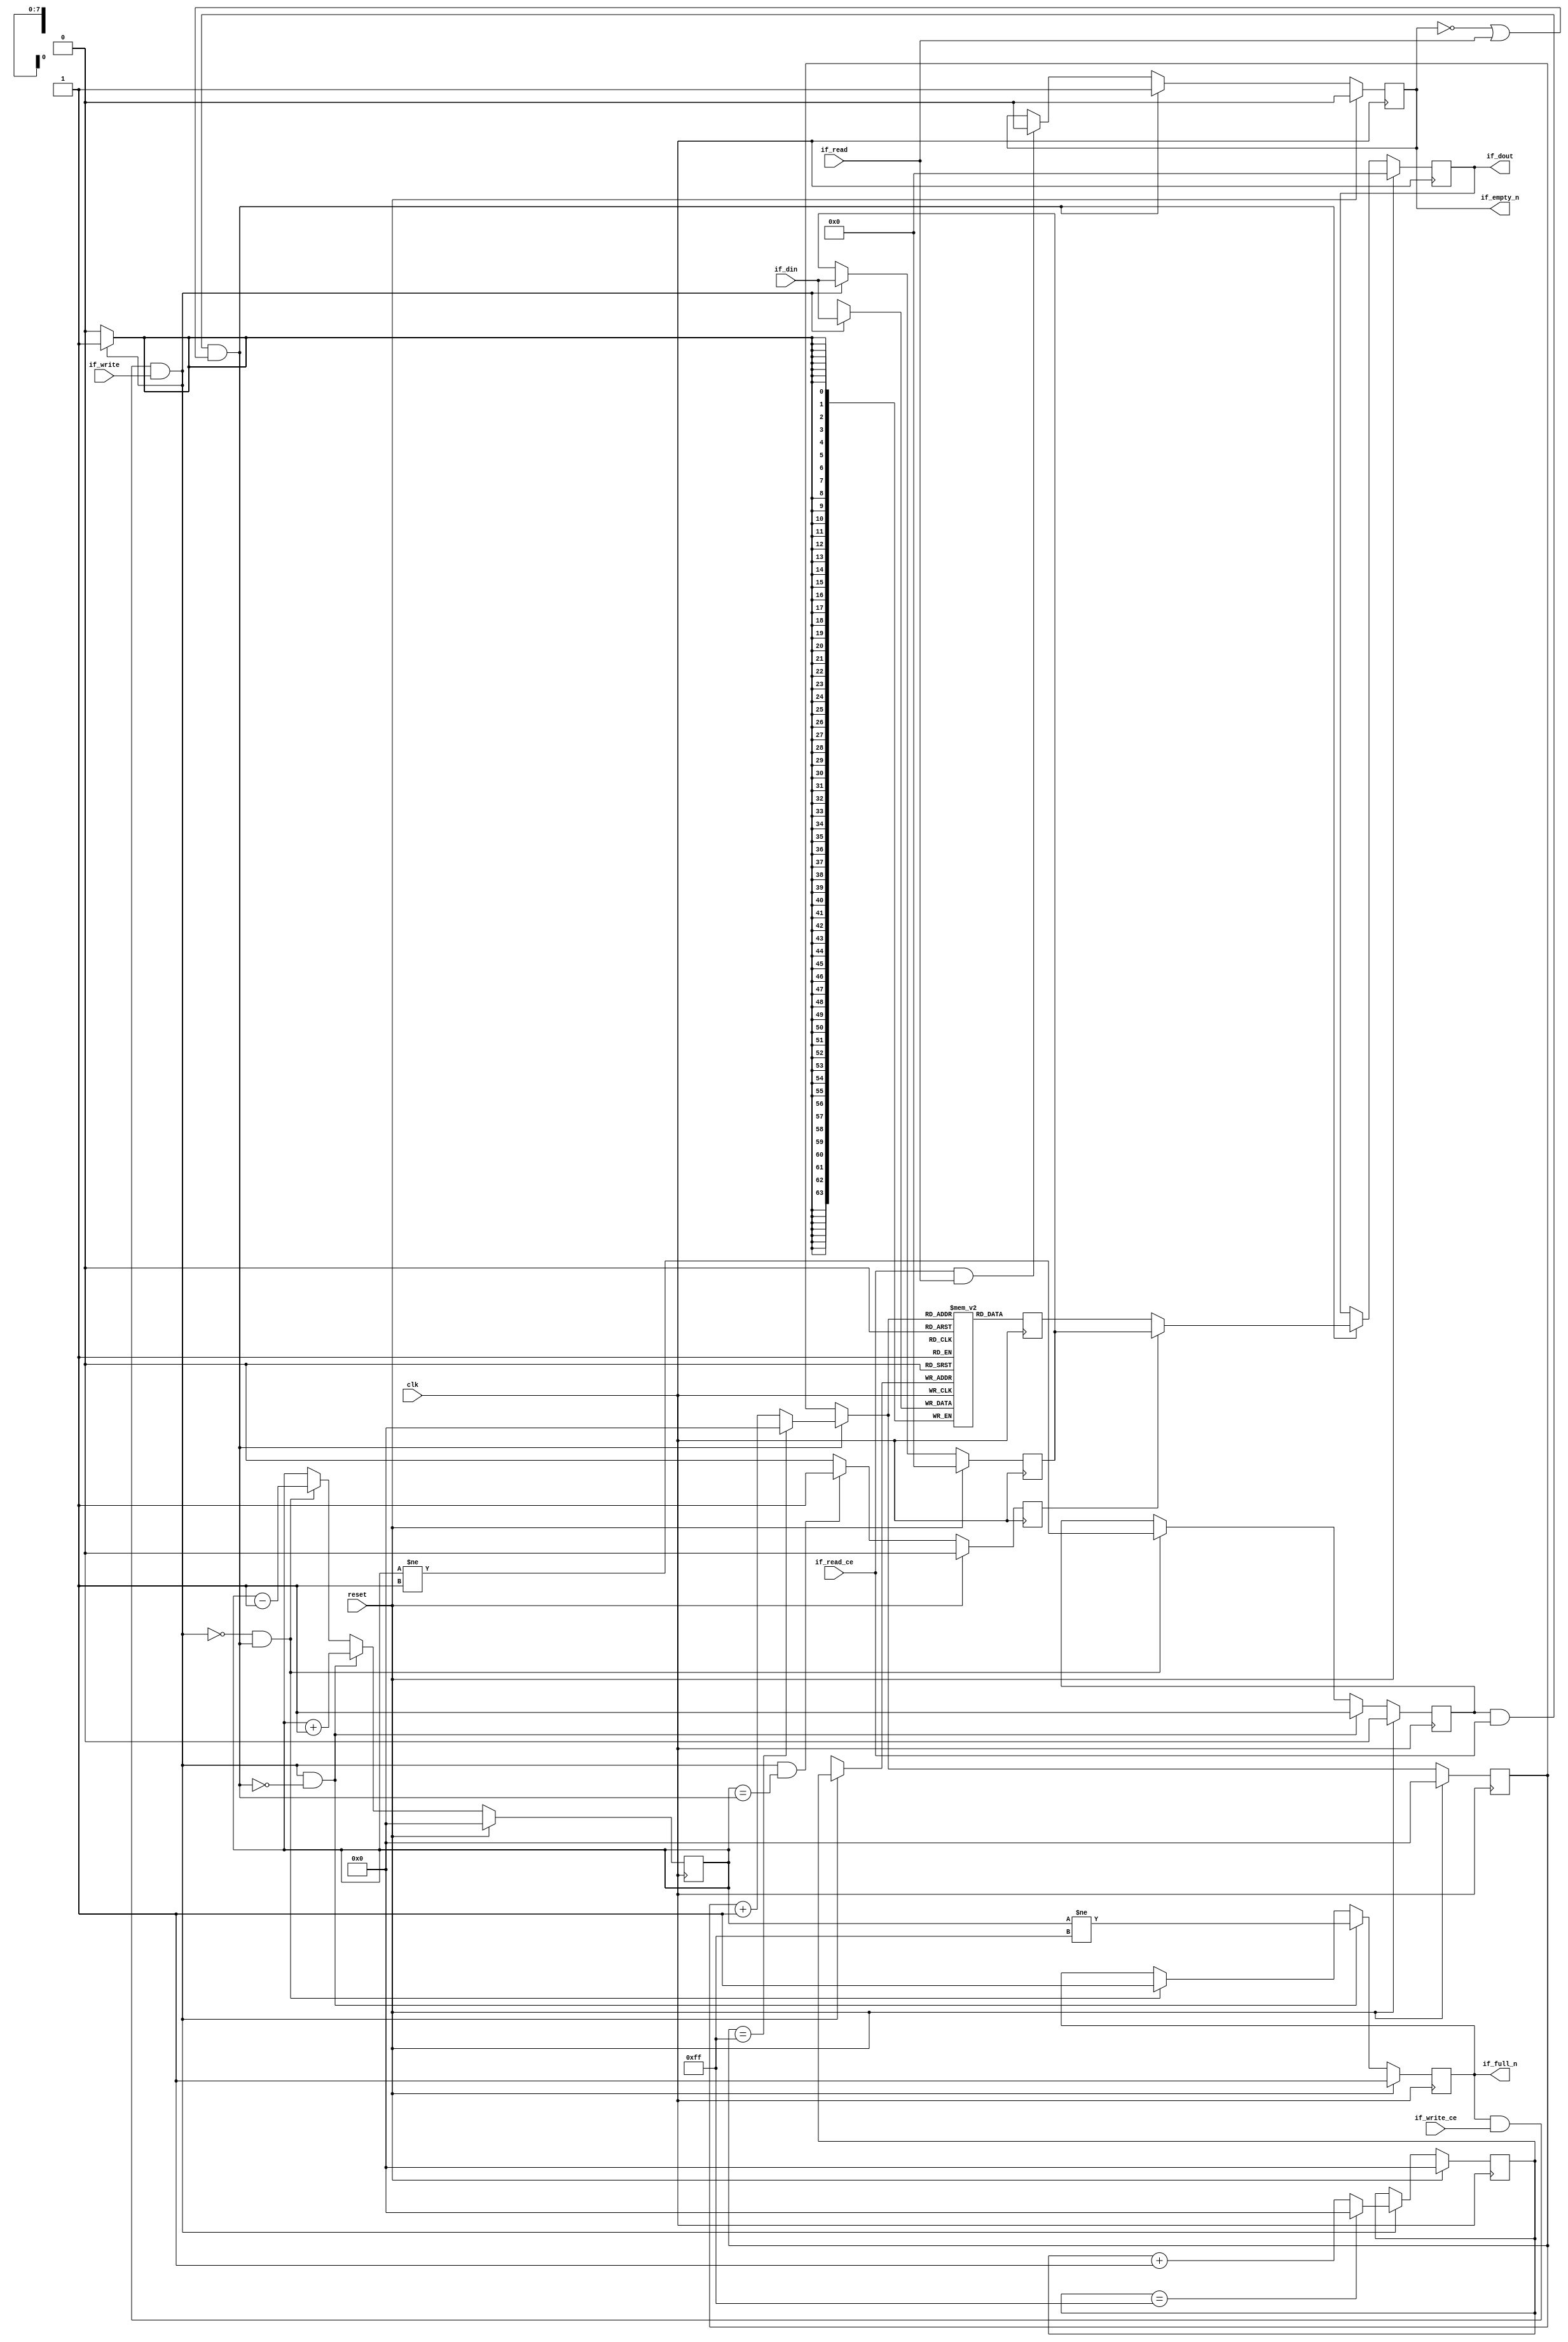
// ==============================================================
// File generated on Fri Apr 26 14:37:04 UTC 2019
// Vivado(TM) HLS - High-Level Synthesis from C, C++ and SystemC v2018.3.op (64-bit)
// SW Build 2405991 on Thu Dec  6 23:36:41 MST 2018
// IP Build 2404404 on Fri Dec  7 01:43:56 MST 2018
// Copyright 1986-2018 Xilinx, Inc. All Rights Reserved.
// ==============================================================

`timescale 1ns/1ps

module gZip_cu_fifo_w64_d256_A
#(parameter
    MEM_STYLE   = "block",
    DATA_WIDTH  = 64,
    ADDR_WIDTH  = 8,
    DEPTH       = 256
)
(
    // system signal
    input  wire                  clk,
    input  wire                  reset,

    // write
    output wire                  if_full_n,
    input  wire                  if_write_ce,
    input  wire                  if_write,
    input  wire [DATA_WIDTH-1:0] if_din,

    // read
    output wire                  if_empty_n,
    input  wire                  if_read_ce,
    input  wire                  if_read,
    output wire [DATA_WIDTH-1:0] if_dout
);
//------------------------Parameter----------------------

//------------------------Local signal-------------------
(* ram_style = MEM_STYLE *)
reg  [DATA_WIDTH-1:0] mem[0:DEPTH-1];
reg  [DATA_WIDTH-1:0] q_buf = 1'b0;
reg  [ADDR_WIDTH-1:0] waddr = 1'b0;
reg  [ADDR_WIDTH-1:0] raddr = 1'b0;
wire [ADDR_WIDTH-1:0] wnext;
wire [ADDR_WIDTH-1:0] rnext;
wire                  push;
wire                  pop;
reg  [ADDR_WIDTH-1:0] usedw = 1'b0;
reg                   full_n = 1'b1;
reg                   empty_n = 1'b0;
reg  [DATA_WIDTH-1:0] q_tmp = 1'b0;
reg                   show_ahead = 1'b0;
reg  [DATA_WIDTH-1:0] dout_buf = 1'b0;
reg                   dout_valid = 1'b0;


//------------------------Instantiation------------------

//------------------------Task and function--------------

//------------------------Body---------------------------
assign if_full_n  = full_n;
assign if_empty_n = dout_valid;
assign if_dout    = dout_buf;
assign push       = full_n & if_write_ce & if_write;
assign pop        = empty_n & if_read_ce & (~dout_valid | if_read);
assign wnext      = !push                ? waddr :
                    (waddr == DEPTH - 1) ? 1'b0  :
                    waddr + 1'b1;
assign rnext      = !pop                 ? raddr :
                    (raddr == DEPTH - 1) ? 1'b0  :
                    raddr + 1'b1;

// waddr
always @(posedge clk) begin
    if (reset == 1'b1)
        waddr <= 1'b0;
    else
        waddr <= wnext;
end

// raddr
always @(posedge clk) begin
    if (reset == 1'b1)
        raddr <= 1'b0;
    else
        raddr <= rnext;
end

// usedw
always @(posedge clk) begin
    if (reset == 1'b1)
        usedw <= 1'b0;
    else if (push & ~pop)
        usedw <= usedw + 1'b1;
    else if (~push & pop)
        usedw <= usedw - 1'b1;
end

// full_n
always @(posedge clk) begin
    if (reset == 1'b1)
        full_n <= 1'b1;
    else if (push & ~pop)
        full_n <= (usedw != DEPTH - 1);
    else if (~push & pop)
        full_n <= 1'b1;
end

// empty_n
always @(posedge clk) begin
    if (reset == 1'b1)
        empty_n <= 1'b0;
    else if (push & ~pop)
        empty_n <= 1'b1;
    else if (~push & pop)
        empty_n <= (usedw != 1'b1);
end

// mem
always @(posedge clk) begin
    if (push)
        mem[waddr] <= if_din;
end

// q_buf
always @(posedge clk) begin
    q_buf <= mem[rnext];
end

// q_tmp
always @(posedge clk) begin
    if (reset == 1'b1)
        q_tmp <= 1'b0;
    else if (push)
        q_tmp <= if_din;
end

// show_ahead
always @(posedge clk) begin
    if (reset == 1'b1)
        show_ahead <= 1'b0;
    else if (push && usedw == pop)
        show_ahead <= 1'b1;
    else
        show_ahead <= 1'b0;
end

// dout_buf
always @(posedge clk) begin
    if (reset == 1'b1)
        dout_buf <= 1'b0;
    else if (pop)
        dout_buf <= show_ahead? q_tmp : q_buf;
end

// dout_valid
always @(posedge clk) begin
    if (reset == 1'b1)
        dout_valid <= 1'b0;
    else if (pop)
        dout_valid <= 1'b1;
    else if (if_read_ce & if_read)
        dout_valid <= 1'b0;
end

endmodule